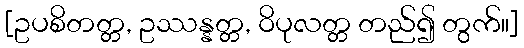
[ဥပစိတတ္တ, ဥဿန္နတ္တ, ဝိပုလတ္တ တည်၍ တွက်။]